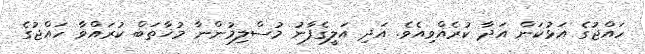
ހައްޖުގެ އަޅުކަން އަދާ ކުރެއްވިއެވެ. އަދި އަލީގެފާނު މުސްލިމުންނާ މުޚާތަބް ކުރައްވާ ހައްޖުގެ